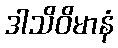
ဒါသိဝိမာနံ